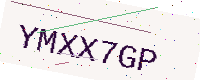
Text: YMXX7GP